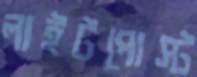
লাইটপোস্ট